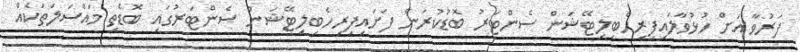
ފަރުވާ އަށް ހުޅުވާލައިފިރިހެބިލިޓޭޝަން ސެންޓަރު ބޮޑުކުރަން ފަށައިފިރިހެބިލިޓޭޝަން ސެންޓަރުގައި ބޮޑެތި މައްސަލަތަކެއް